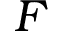
F